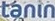
tanin